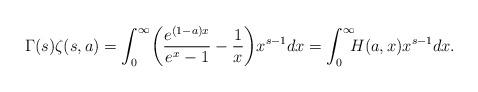
LaTeX: \begin{align*}\Gamma (s) \zeta (s,a) = \int_0^\infty \biggl( \frac{e^{(1-a)x}}{e^x-1} - \frac{1}{x} \biggr) x^{s-1} dx = \int_0^\infty \!\!\! H(a,x) x^{s-1} dx.\end{align*}